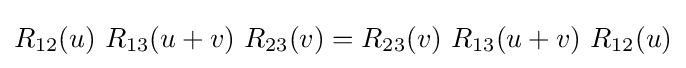
R_{12}(u)\ R_{13}(u+v)\ R_{23}(v)=R_{23}(v)\ R_{13}(u+v)\ R_{12}(u)